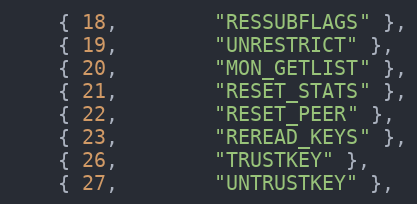
Language: C
	{ 18,		"RESSUBFLAGS" },
	{ 19,		"UNRESTRICT" },
	{ 20,		"MON_GETLIST" },
	{ 21,		"RESET_STATS" },
	{ 22,		"RESET_PEER" },
	{ 23,		"REREAD_KEYS" },
	{ 26,		"TRUSTKEY" },
	{ 27,		"UNTRUSTKEY" },